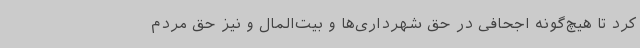
کرد تا هیچ‌گونه اجحافی در حق شهرداری‌ها و بیت‌المال و نیز حق مردم